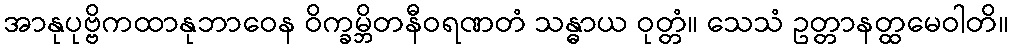
အာနုပုဗ္ဗိကထာနုဘာဝေန ဝိက္ခမ္ဘိတနီဝရဏတံ သန္ဓာယ ဝုတ္တံ။ သေသံ ဥတ္တာနတ္ထမေဝါတိ။